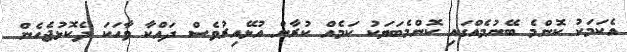
އެކަމަކު ކޮންމެ ބޭނުމެއްގައި ކޮންމެބަޔަކު ކަމެއް ކުރާން އުޅޭއިރުވެސް ދައްކާ ވާހަކަ ދެކޮޅުޖެހެން